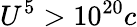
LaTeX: U^{5}>\mathrm{{10}}^{20}c